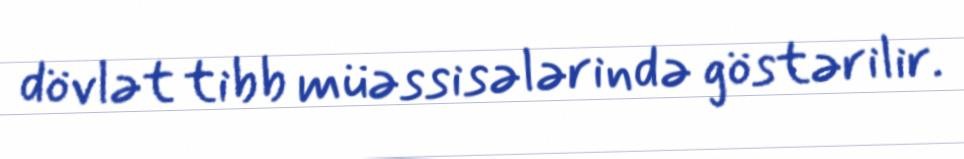
dövlət tibb müəssisələrində göstərilir.